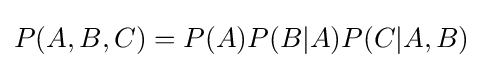
P(A,B,C)=P(A)P(B|A)P(C|A,B)